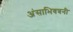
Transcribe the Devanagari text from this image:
अंसाभिवत्रनी